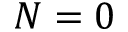
N = 0